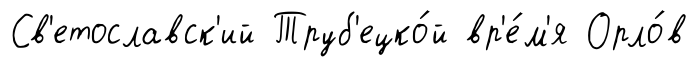
Св'етославск'ий Труб'ецко́й вр'е́м'я Орло́в